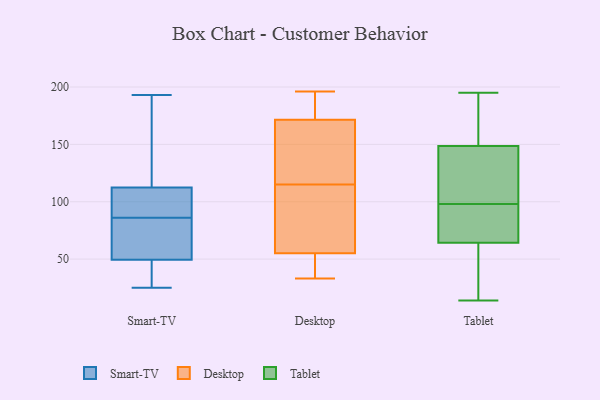
{"axis": {"x": "Tickets Resolved", "y": "Value"}, "legend": ["Desktop", "Smart-TV", "Tablet"], "data": [{"x": "", "y": 117, "type": "Smart-TV"}, {"x": "", "y": 111, "type": "Smart-TV"}, {"x": "", "y": 71, "type": "Smart-TV"}, {"x": "", "y": 185, "type": "Smart-TV"}, {"x": "", "y": 51, "type": "Smart-TV"}, {"x": "", "y": 95, "type": "Smart-TV"}, {"x": "", "y": 44, "type": "Smart-TV"}, {"x": "", "y": 86, "type": "Smart-TV"}, {"x": "", "y": 25, "type": "Smart-TV"}, {"x": "", "y": 65, "type": "Smart-TV"}, {"x": "", "y": 45, "type": "Smart-TV"}, {"x": "", "y": 110, "type": "Smart-TV"}, {"x": "", "y": 193, "type": "Smart-TV"}, {"x": "", "y": 55, "type": "Desktop"}, {"x": "", "y": 82, "type": "Desktop"}, {"x": "", "y": 55, "type": "Desktop"}, {"x": "", "y": 35, "type": "Desktop"}, {"x": "", "y": 99, "type": "Desktop"}, {"x": "", "y": 131, "type": "Desktop"}, {"x": "", "y": 177, "type": "Desktop"}, {"x": "", "y": 164, "type": "Desktop"}, {"x": "", "y": 33, "type": "Desktop"}, {"x": "", "y": 196, "type": "Desktop"}, {"x": "", "y": 166, "type": "Desktop"}, {"x": "", "y": 189, "type": "Desktop"}, {"x": "", "y": 195, "type": "Tablet"}, {"x": "", "y": 144, "type": "Tablet"}, {"x": "", "y": 105, "type": "Tablet"}, {"x": "", "y": 34, "type": "Tablet"}, {"x": "", "y": 60, "type": "Tablet"}, {"x": "", "y": 96, "type": "Tablet"}, {"x": "", "y": 98, "type": "Tablet"}, {"x": "", "y": 77, "type": "Tablet"}, {"x": "", "y": 14, "type": "Tablet"}, {"x": "", "y": 150, "type": "Tablet"}, {"x": "", "y": 188, "type": "Tablet"}]}